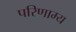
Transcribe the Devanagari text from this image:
परिणाम्य